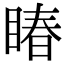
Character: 睶